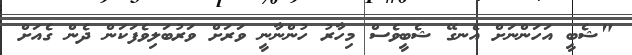
"ޝެބީ އަހަންނަށް އެނގޭ ޝެބީވެސް މިހާރު ހުންނާނީ ވަރަށް ވަރުބަލިވެފަކަން ދެން ގެއަށް